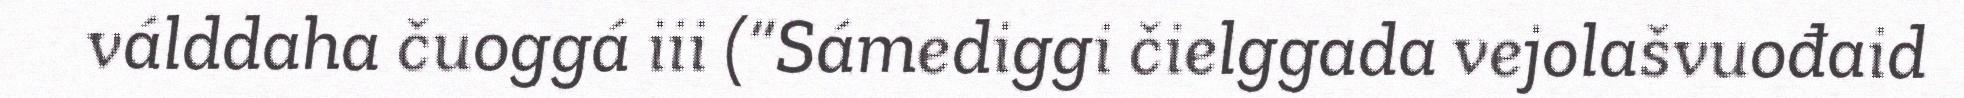
válddaha čuoggá iii (“Sámediggi čielggada vejolašvuođaid